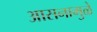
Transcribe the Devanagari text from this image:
आसनामुळे